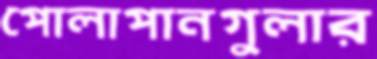
পোলাপানগুলার